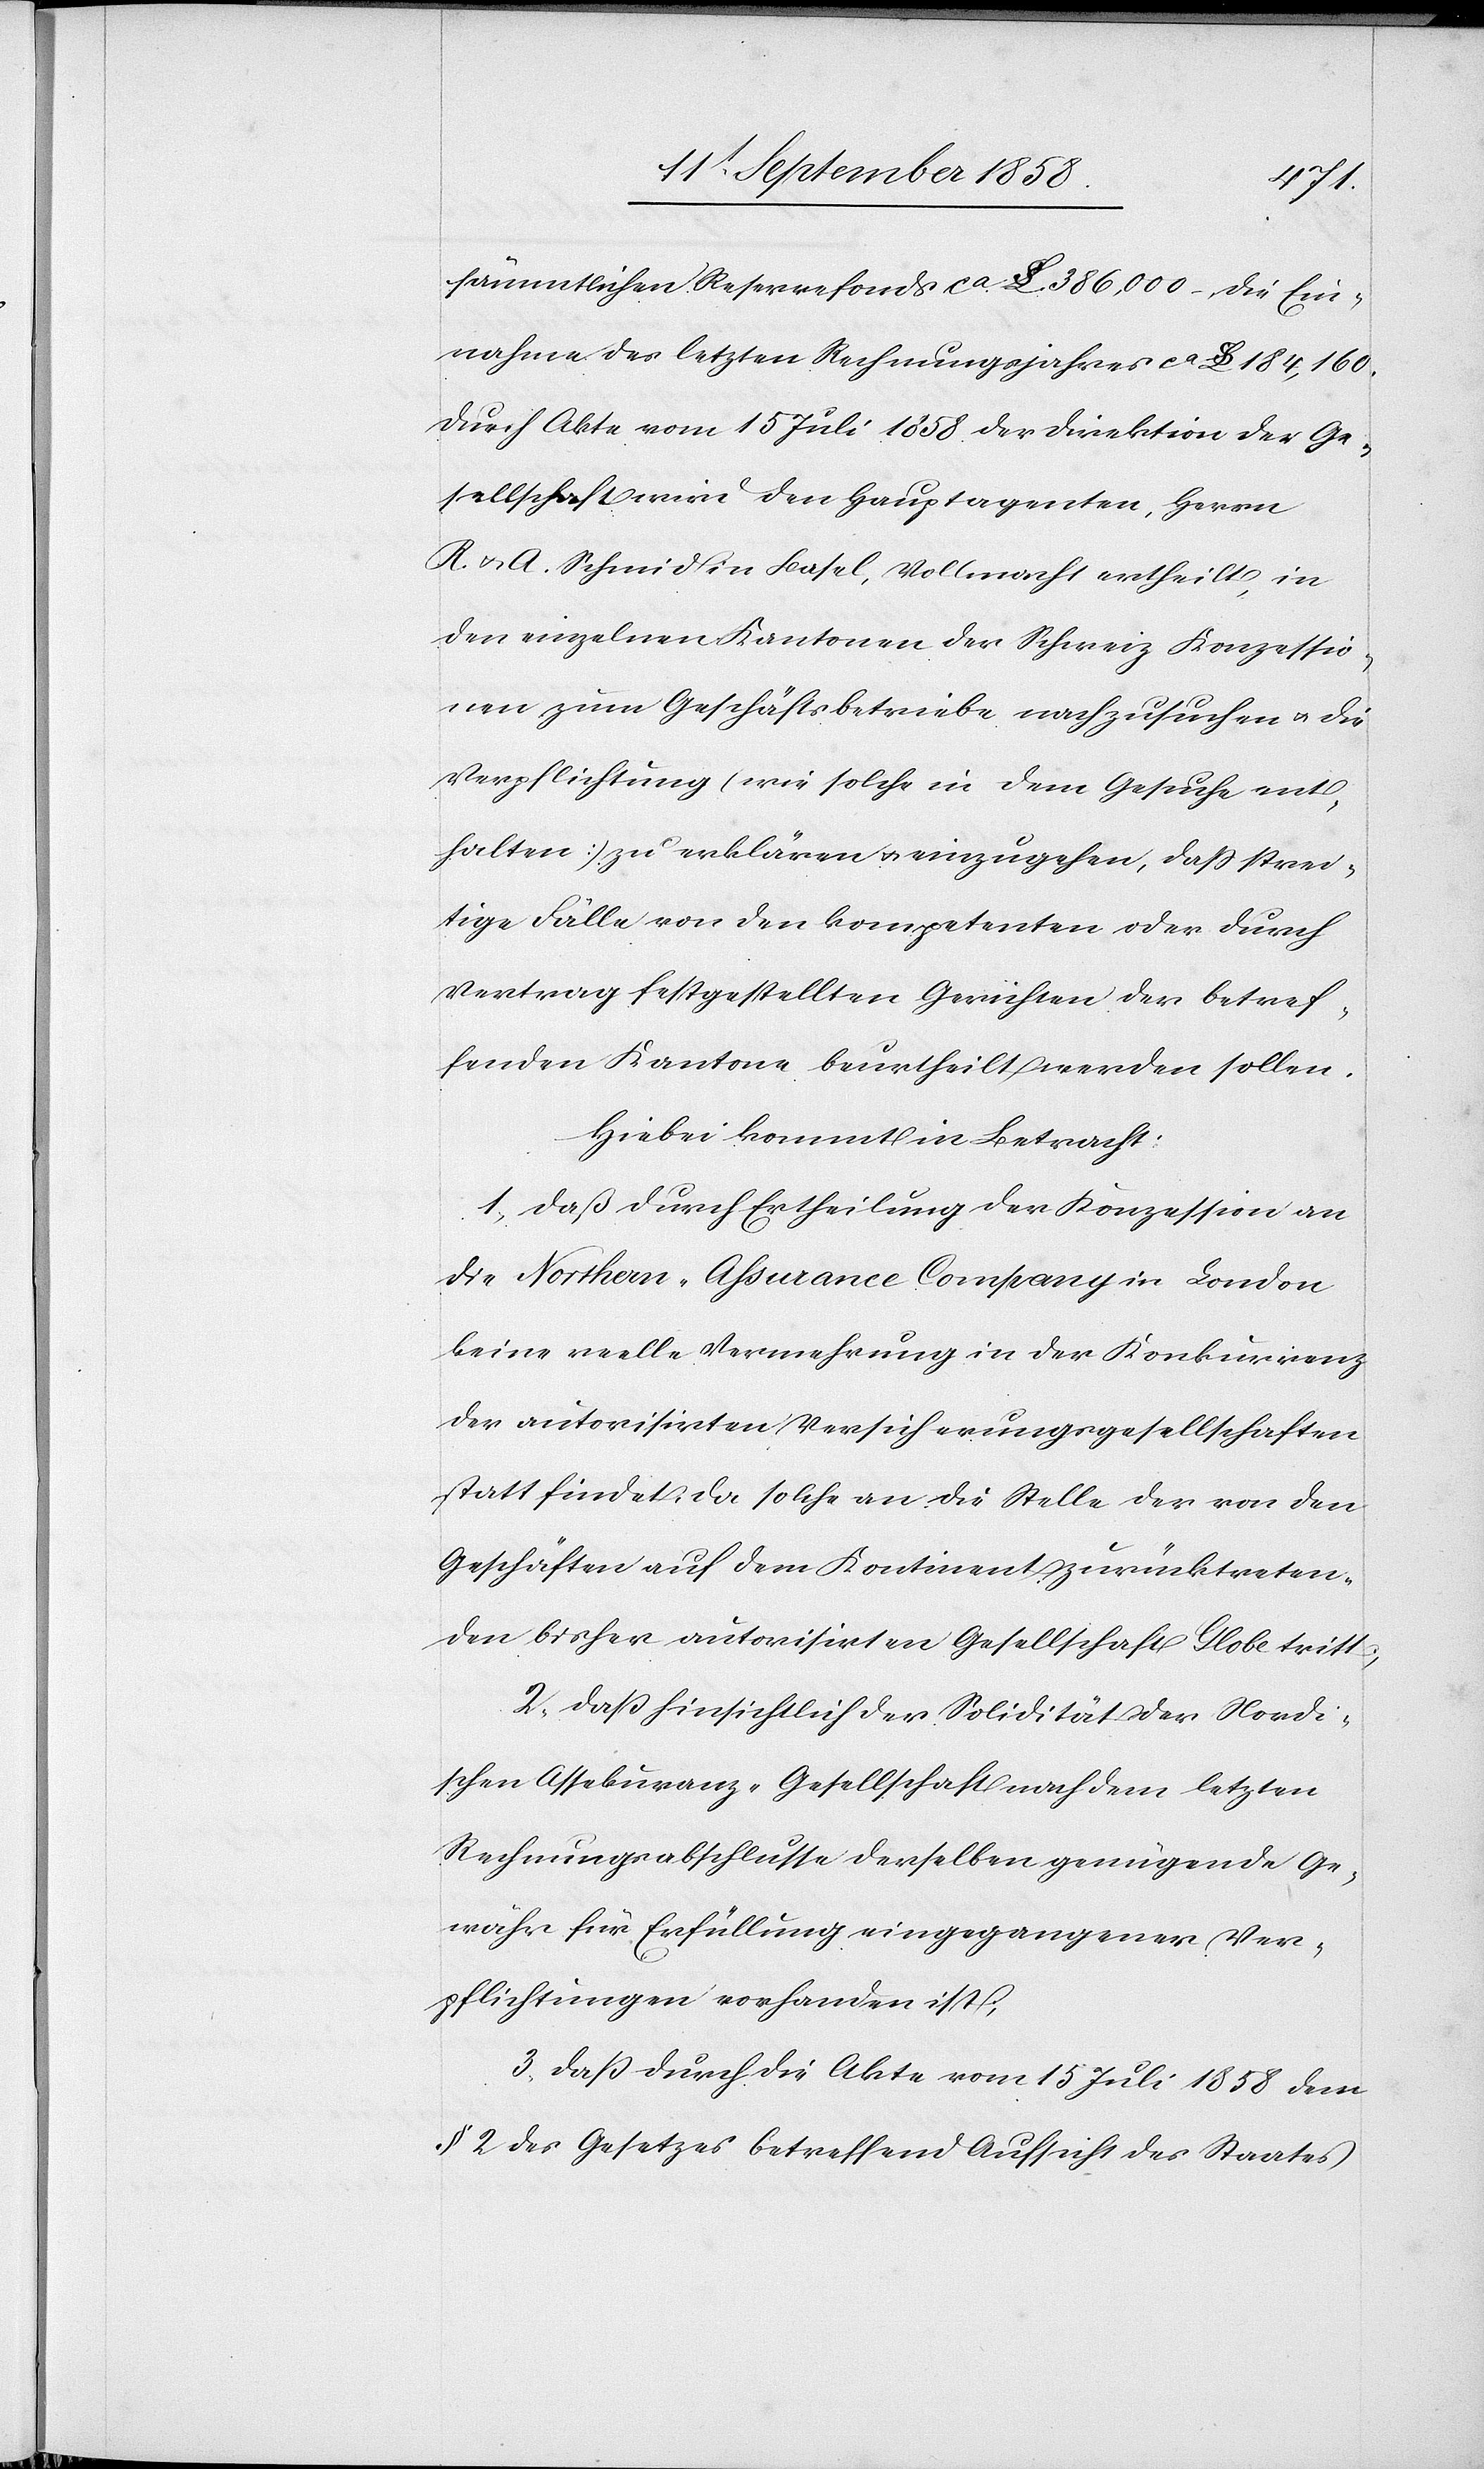
sämmtlichen Reservefonds ca. £$ 386,000.–, die Ein¬
nahme des letzten Rechnungsjahres ca £$ 184,160.
Durch Akte vom 15 Juli 1858 der Direktion der Ge¬
sellschaft wird den Hauptagenten, Herrn
R. & A. Schmid in Basel, Vollmacht ertheilt, in
den einzelnen Kantonen der Schweiz Konzessio¬
nen zum Geschäftsbetriebe nachzusuchen & die
Verpflichtung (wie solche in dem Gesuche ent¬
halten) zu erklären & einzugehen, dass strei¬
tige Fälle von den kompetenten oder durch
Vertrag festgestellten Gerichten der betref¬
fenden Kantone beurtheilt werden sollen.
Hiebei kommt in Betracht:
1, daß durch Ertheilung der Konzession an
die Northern-Assurance Company in London
keine reelle Vermehrung in der Konkurrenz
der autorisirten Versicherungsgesellschaften
statt findet, da solche an die Stelle der von den
Geschäften auf dem Kontinent zurücktreten¬
den bisher autorisirten Gesellschaft Globe tritt;
2. daß hinsichtlich der Solidität der Nordi¬
schen Assekuranz-Gesellschaft nach dem letzten
Rechnungsabschlusse derselben genügende Ge¬
währ für Erfüllung eingegangener Ver¬
pflichtungen vorhanden ist;
3. daß durch die Akte vom 15 Juli 1858 dem
§ 2 des Gesetzes betreffend Aufsicht des Staates